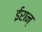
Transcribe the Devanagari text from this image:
ईरान्